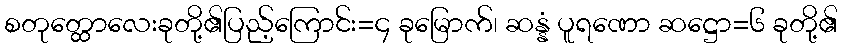
စတုတ္ထောလေးခုတို့၏ပြည့်ကြောင်း=၄ ခုမြောက်၊ ဆန္နံ ပူရဏော ဆဋ္ဌော=၆ ခုတို့၏